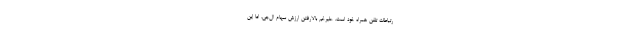
رتباطات تلفن همراه خود است. علیرغم بالارفتن ارزش سهام ال‌جی، اما این